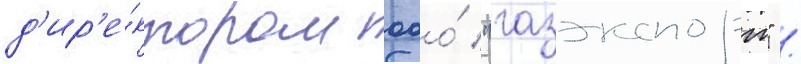
д'ир'е́ктором ооо́ "газэкспорт" /